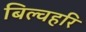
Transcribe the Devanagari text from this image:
बिल्वहरि